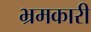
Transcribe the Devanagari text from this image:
भ्रमकारी